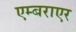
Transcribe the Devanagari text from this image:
एम्बराएर